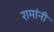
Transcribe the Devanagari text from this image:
रामांनी